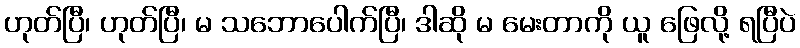
ဟုတ်ပြီ၊ ဟုတ်ပြီ၊ မ သဘောပေါက်ပြီ၊ ဒါဆို မ မေးတာကို ယူ ဖြေလို့ ရပြီပဲ